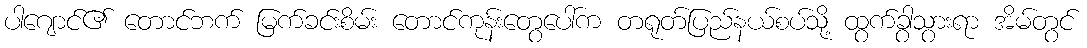
ပါဂျောင်၏ တောင်ဘက် မြက်ခင်းစိမ်း တောင်ကုန်းတွေပေါ်က တရုတ်ပြည်နယ်စပ်သို့ ထွက်ခွာသွားရာ အိမ်တွင်